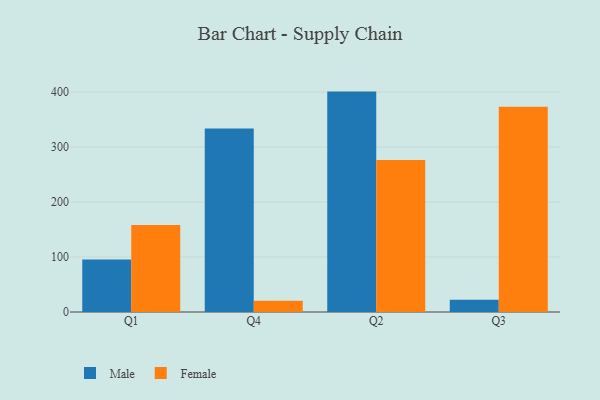
{"axis": {"x": "Quarter", "y": "Active Users"}, "legend": ["Female", "Male"], "data": [{"x": "Q1", "y": 95.4, "type": "Male"}, {"x": "Q1", "y": 158.3, "type": "Female"}, {"x": "Q4", "y": 333.6, "type": "Male"}, {"x": "Q4", "y": 20.6, "type": "Female"}, {"x": "Q2", "y": 400.7, "type": "Male"}, {"x": "Q2", "y": 276.4, "type": "Female"}, {"x": "Q3", "y": 22.1, "type": "Male"}, {"x": "Q3", "y": 373.1, "type": "Female"}]}